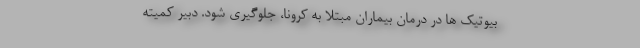
بیوتیک ها در درمان بیماران مبتلا به کرونا، جلوگیری شود. دبیر کمیته